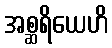
အစ္ဆရိယေဟိ